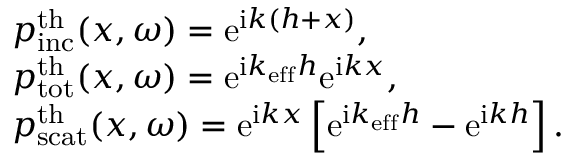
\begin{array} { r l } & { p _ { \mathrm { i n c } } ^ { \mathrm { t h } } ( x , \omega ) = \mathrm { e } ^ { \mathrm { i } k ( h + x ) } , } \\ & { p _ { \mathrm { t o t } } ^ { \mathrm { t h } } ( x , \omega ) = \mathrm { e } ^ { \mathrm { i } k _ { \mathrm { e f f } } h } \mathrm { e } ^ { \mathrm { i } k x } , } \\ & { p _ { \mathrm { s c a t } } ^ { \mathrm { t h } } ( x , \omega ) = \mathrm { e } ^ { \mathrm { i } k x } \left[ \mathrm { e } ^ { \mathrm { i } k _ { \mathrm { e f f } } h } - \mathrm { e } ^ { \mathrm { i } k h } \right] . } \end{array}